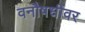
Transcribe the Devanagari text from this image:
वनौषधींवर